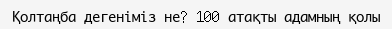
Қолтаңба дегеніміз не? 100 атақты адамның қолы